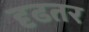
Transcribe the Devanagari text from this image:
दृढतर